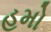
હમો